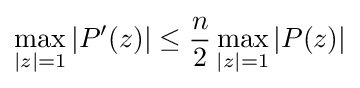
\max _{|z|=1}|P'(z)|\leq {\frac {n}{2}}\max _{|z|=1}|P(z)|